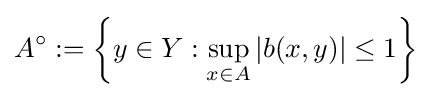
A^{\circ }:=\left\{y\in Y:\sup _{x\in A}|b(x,y)|\leq 1\right\}